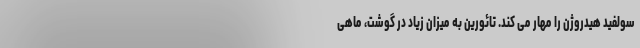
سولفید هیدروژن را مهار می کند. تائورین به میزان زیاد در گوشت، ماهی